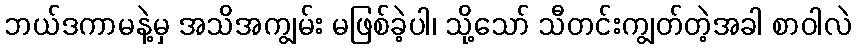
ဘယ်ဒကာမနဲ့မှ အသိအကျွမ်း မဖြစ်ခဲ့ပါ၊ သို့သော် သီတင်းကျွတ်တဲ့အခါ စာဝါလဲ